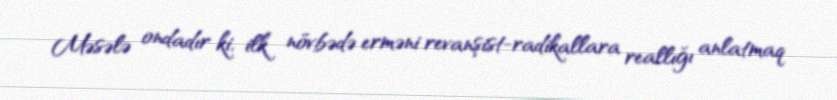
Məsələ ondadır ki, ilk növbədə erməni revanşist-radikallara reallığı anlatmaq